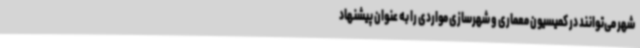
شهر می‌توانند در کمیسیون معماری و شهرسازی مواردی را به عنوان پیشنهاد